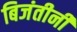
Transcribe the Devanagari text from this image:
बिजंतीनी